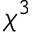
\chi ^ { 3 }